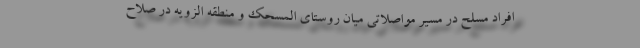
افراد مسلح در مسیر مواصلاتی میان روستای المسحک و منطقه الزویه در صلاح